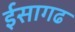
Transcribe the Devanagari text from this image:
ईसागढ